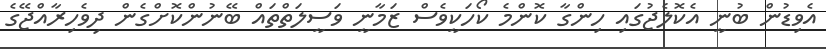
އެވިޑުން ބުނީ އެކޮލެޖުގައި ހިންގާ ކޮންމެ ކޯހަކީވެސް ޒަމާނީ ވަސީލަތްތައް ބޭނުންކޮށްގެން ދިވެހިރާއްޖޭގެ